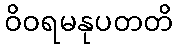
ဝိဝရမနုပတတိ